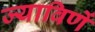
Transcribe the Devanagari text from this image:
ज्याविणें